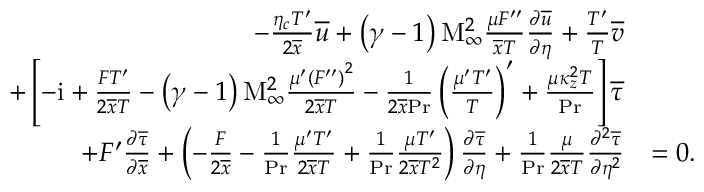
\begin{array} { r l } { - \frac { \eta _ { c } T ^ { \prime } } { 2 \overline { { x } } } \overline { { u } } + \left( \gamma - 1 \right) \mathrm { M } _ { \infty } ^ { 2 } \frac { \mu F ^ { \prime \prime } } { \overline { { x } } T } \frac { \partial \overline { { u } } } { \partial \eta } + \frac { T ^ { \prime } } { T } \overline { { v } } } & { } \\ { + \left[ - \mathrm { i } + \frac { F T ^ { \prime } } { 2 \overline { { x } } T } - \left( \gamma - 1 \right) \mathrm { M } _ { \infty } ^ { 2 } \frac { \mu ^ { \prime } \left( F ^ { \prime \prime } \right) ^ { 2 } } { 2 \overline { { x } } T } - \frac { 1 } { 2 \overline { { x } } \mathrm { P r } } \left( \frac { \mu ^ { \prime } T ^ { \prime } } { T } \right) ^ { \prime } + \frac { \mu \kappa _ { z } ^ { 2 } T } { \mathrm { P r } } \right] \overline { { \tau } } } & { } \\ { + F ^ { \prime } \frac { \partial \overline { { \tau } } } { \partial \overline { { x } } } + \left( - \frac { F } { 2 \overline { { x } } } - \frac { 1 } { \mathrm { P r } } \frac { \mu ^ { \prime } T ^ { \prime } } { 2 \overline { { x } } T } + \frac { 1 } { \mathrm { P r } } \frac { \mu T ^ { \prime } } { 2 \overline { { x } } T ^ { 2 } } \right) \frac { \partial \overline { { \tau } } } { \partial \eta } + \frac { 1 } { \mathrm { P r } } \frac { \mu } { 2 \overline { { x } } T } \frac { \partial ^ { 2 } \overline { { \tau } } } { \partial \eta ^ { 2 } } } & { = 0 . } \end{array}